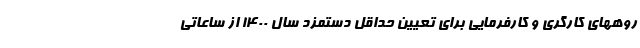
روههای کارگری و کارفرمایی برای تعیین حداقل دستمزد سال ۱۴۰۰ از ساعاتی